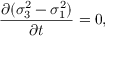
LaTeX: { \frac { \partial ( \sigma _ { 3 } ^ { 2 } - \sigma _ { 1 } ^ { 2 } ) } { \partial t } } = 0 ,